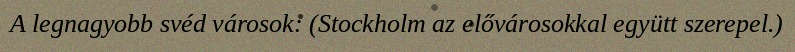
A legnagyobb svéd városok: (Stockholm az elővárosokkal együtt szerepel.)